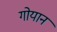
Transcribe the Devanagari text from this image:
गोयान